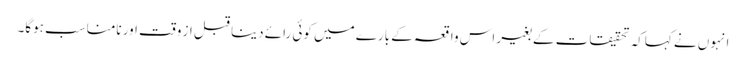
انہوں نے کہاکہ تحقیقات کے بغیر اس واقعہ کے بارے میں کوئی رائے دینا قبل از وقت اور نامناسب ہوگا۔